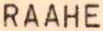
RAAHE